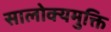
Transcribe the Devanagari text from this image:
सालोक्यमुक्ति